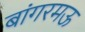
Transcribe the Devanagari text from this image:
बांगरमऊ